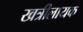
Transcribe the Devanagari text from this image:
खत्रीलायक